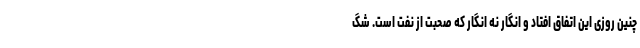
چنین روزی این اتفاق افتاد و انگار نه انگار که صحبت از نفت است. شگ